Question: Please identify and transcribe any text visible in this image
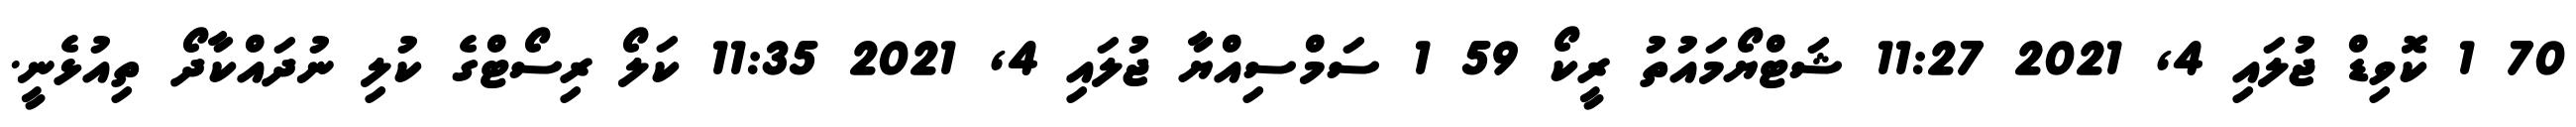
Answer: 70 1 ކޮވިޑް ޖުލައި 4, 2021 11:27 ޝަޓްޔޯމައުތު ރީކޯ 59 1 ސަމްސިއްޔާ ޖުލައި 4, 2021 11:35 ކަލޯ ރިސޯޓްގެ ކުލި ނުދައްކާދޯ ތިއުޅެނީ.